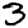
Digit: 3